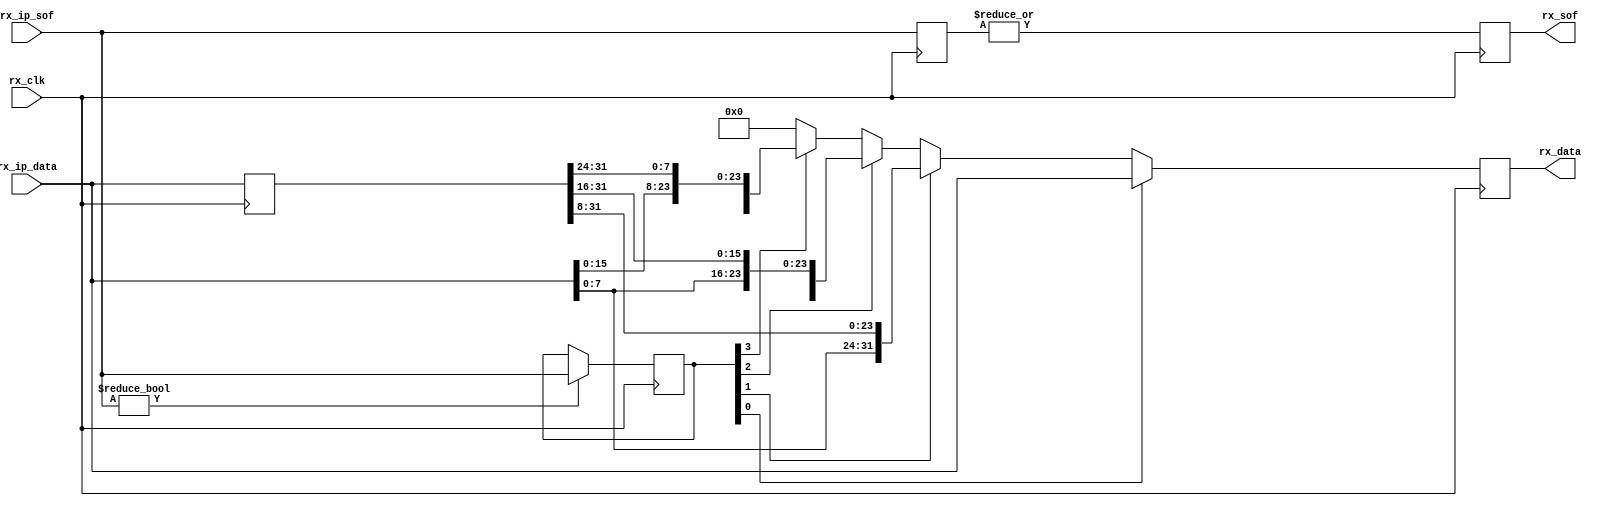
module ad_xcvr_rx_if (

  // jesd interface

  input                   rx_clk,
  input       [ 3:0]      rx_ip_sof,
  input       [31:0]      rx_ip_data,
  output  reg             rx_sof,
  output  reg [31:0]      rx_data);


  // internal registers

  reg     [31:0]  rx_ip_data_d = 'd0;
  reg     [ 3:0]  rx_ip_sof_hold = 'd0;
  reg     [ 3:0]  rx_ip_sof_d = 'd0;

  // dword may contain more than one frame per clock

  always @(posedge rx_clk) begin
    rx_ip_data_d <= rx_ip_data;
    rx_ip_sof_d <= rx_ip_sof;
    if (rx_ip_sof != 4'h0) begin
      rx_ip_sof_hold <= rx_ip_sof;
    end
    rx_sof <= |rx_ip_sof_d;
    if (rx_ip_sof_hold[0] == 1'b1) begin
      rx_data <= rx_ip_data;
    end else if (rx_ip_sof_hold[1] == 1'b1) begin
      rx_data <= {rx_ip_data[ 7:0], rx_ip_data_d[31: 8]};
    end else if (rx_ip_sof_hold[2] == 1'b1) begin
      rx_data <= {rx_ip_data[15:0], rx_ip_data_d[31:16]};
    end else if (rx_ip_sof_hold[3] == 1'b1) begin
      rx_data <= {rx_ip_data[23:0], rx_ip_data_d[31:24]};
    end else begin
      rx_data <= 32'd0;
    end
  end

endmodule